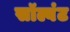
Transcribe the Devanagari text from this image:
सॉल्वंट